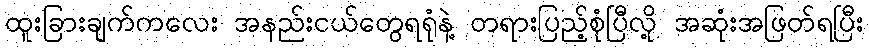
ထူးခြားချက်ကလေး အနည်းငယ်တွေရရုံနဲ့ တရားပြည့်စုံပြီလို့ အဆုံးအဖြတ်ရပြီး